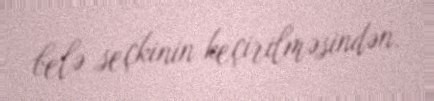
belə seçkinin keçirilməsindən.